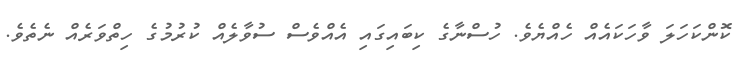
ކޮންކަހަލަ ވާހަކައެއް ހެއްޔެވެ. ހުސްނާގެ ކިބައިގައި އެއްވެސް ސުވާލެއް ކުރުމުގެ ހިތްވަރެއް ނެތެވެ.